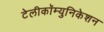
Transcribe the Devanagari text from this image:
टेलीकॉम्युनिकेशन